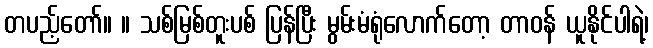
တပည့်တော်။ ။ သစ်မြစ်တူးပစ် ပြန်ပြီး မွမ်းမံရုံလောက်တော့ တာဝန် ယူနိုင်ပါရဲ့၊